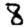
Digit: 8